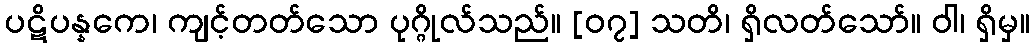
ပဋိပန္နကေ၊ ကျင့်တတ်သော ပုဂ္ဂိုလ်သည်။ [၀၇] သတိ၊ ရှိလတ်သော်။ ဝါ၊ ရှိမှ။